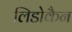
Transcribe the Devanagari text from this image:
लिडोकैन